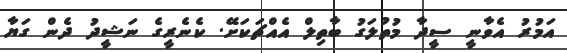
އަމުރު އެވާނީ ސީދާ މުތުލަގު ބާތިލް އެއްޗަކަށޭ. ކެނެރީގެ ނަޝީދު ދެން ގަޔާ